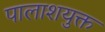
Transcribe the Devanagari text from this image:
पालाशयुक्त